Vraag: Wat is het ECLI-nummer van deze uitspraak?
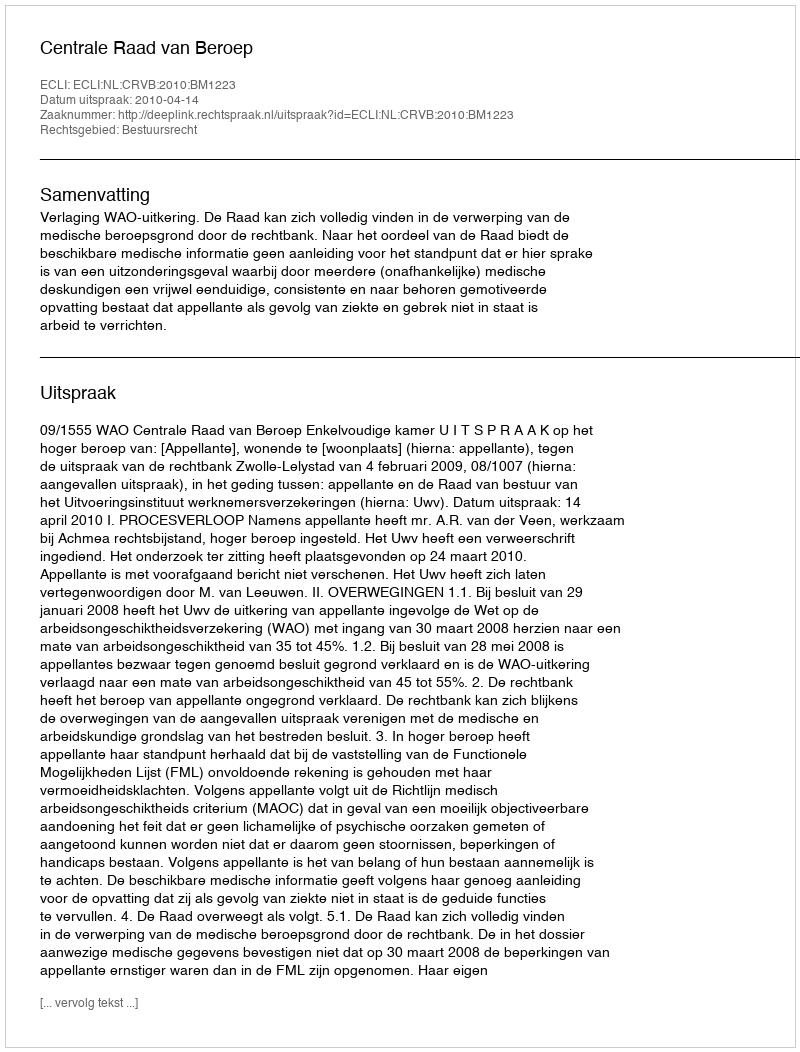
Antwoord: ECLI:NL:CRVB:2010:BM1223